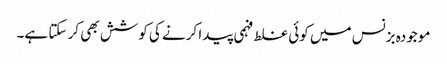
موجودہ بزنس میں کوئی غلط فہمی پیدا کرنے کی کوشش بھی کر سکتا ہے۔